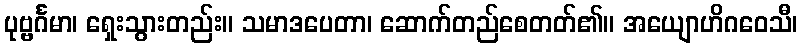
ပုဗ္ဗင်္ဂမာ၊ ရှေးသွားတည်း။ သမာဒပေတာ၊ ဆောက်တည်စေတတ်၏။ အယျောဟိဂဝေသီ၊